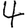
Digit: 4